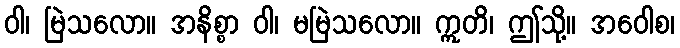
ဝါ၊ မြဲသလော။ အနိစ္စာ ဝါ၊ မမြဲသလော။ ဣတိ၊ ဤသို့။ အဝေါစ၊